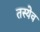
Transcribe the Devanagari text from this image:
तस्येव